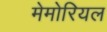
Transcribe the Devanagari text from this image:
मेमोरियल